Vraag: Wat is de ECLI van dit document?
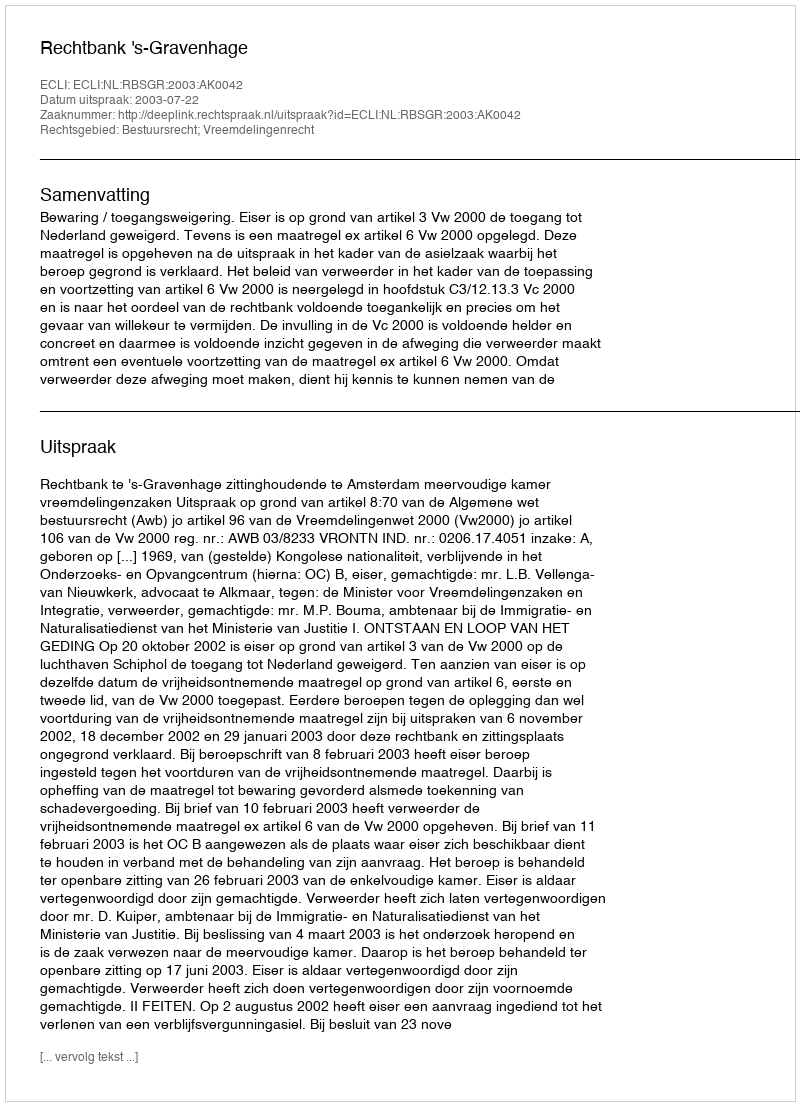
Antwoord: ECLI:NL:RBSGR:2003:AK0042